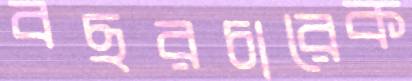
বছরচারেক